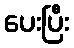
ပေးပြီး